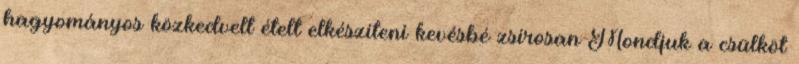
hagyományos közkedvelt ételt elkészíteni kevésbé zsírosan Mondjuk a csülköt